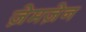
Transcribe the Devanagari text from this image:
ज़ेमज़ेन